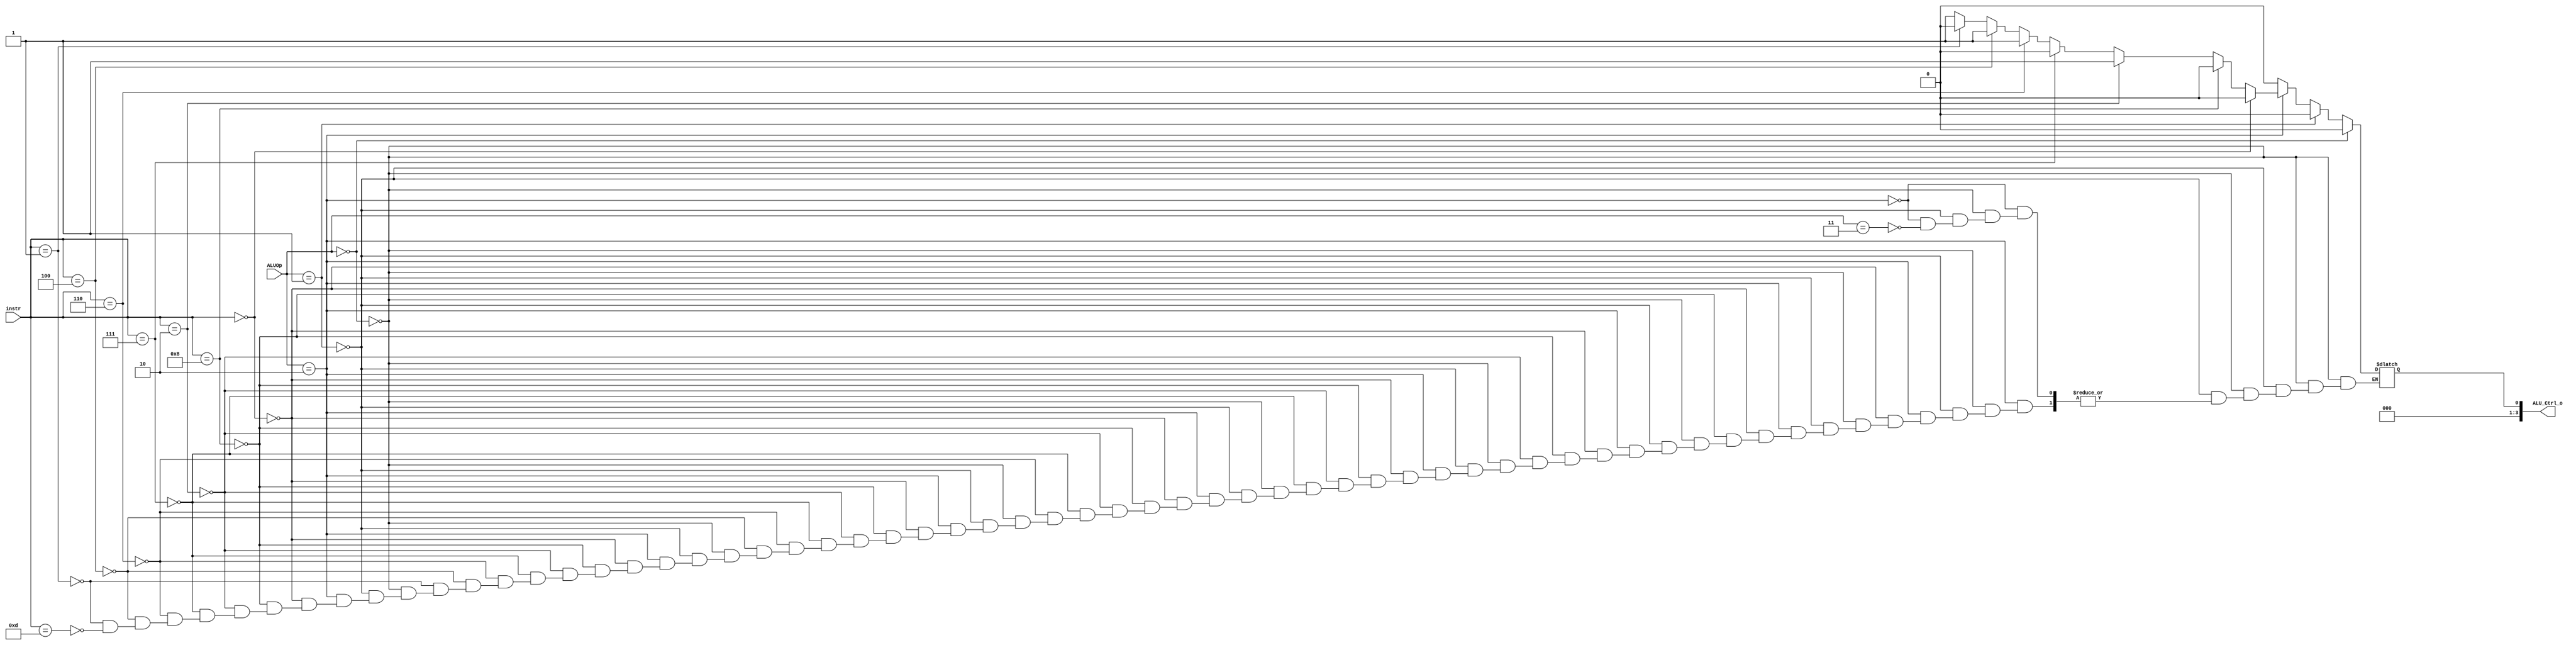
/***************************************************
Student Name:Shawn
Student ID:0816095
***************************************************/

   `timescale 1ns/1ps
   /*instr[30,14:12]*/
   module ALU_Ctrl(
       input       [4-1:0] instr,
       input       [2-1:0] ALUOp,
       output      [4-1:0] ALU_Ctrl_o
   );
   wire [2:0] func3;
   assign func3 = instr[2:0];
   /* Write your code HERE */
   reg ALU_Ctrl;
   assign ALU_Ctrl_o = ALU_Ctrl;
always@(*) begin
	if(ALUOp == 2'b00) begin //sw, lw
		ALU_Ctrl = 4'b0010; //addition
	end
	else if(ALUOp == 2'b01) begin //beq
		ALU_Ctrl = 4'b0110; //subtraction
	end
	else if(ALUOp == 2'b10) begin //arithmetic
		if(instr == 4'b0000) begin //addition
			ALU_Ctrl = 4'b0010;
		end
		else if(instr == 4'b1000) begin //subtract
			ALU_Ctrl = 4'b0110;
		end
		else if(instr == 4'b0010) begin //slt
			ALU_Ctrl = 4'b0111;
		end
		else if(instr == 4'b0111) begin //and
			ALU_Ctrl = 4'b0000;
		end
		else if(instr == 4'b0110) begin //or
			ALU_Ctrl = 4'b0001;
		end
		else if(instr == 4'b0100) begin //XOR
			ALU_Ctrl = 4'b0011;
		end
		else if(instr == 4'b0001) begin //sll
			ALU_Ctrl = 4'b0100;
		end
		else if(instr == 4'b1101) begin //sra
			ALU_Ctrl = 4'b0101;
		end
	end
	else if(ALUOp == 2'b11) begin
		ALU_Ctrl = 4'b0010;
	end
end


   endmodule